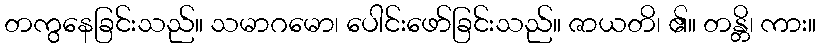
တကွနေခြင်းသည်။ သမာဂမော၊ ပေါင်းဖော်ခြင်းသည်။ ဇာယတိ၊ ၏။ တန္တိ၊ ကား။